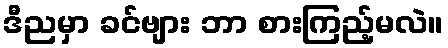
ဒီညမှာ ခင်ဗျား ဘာ စားကြည့်မလဲ။